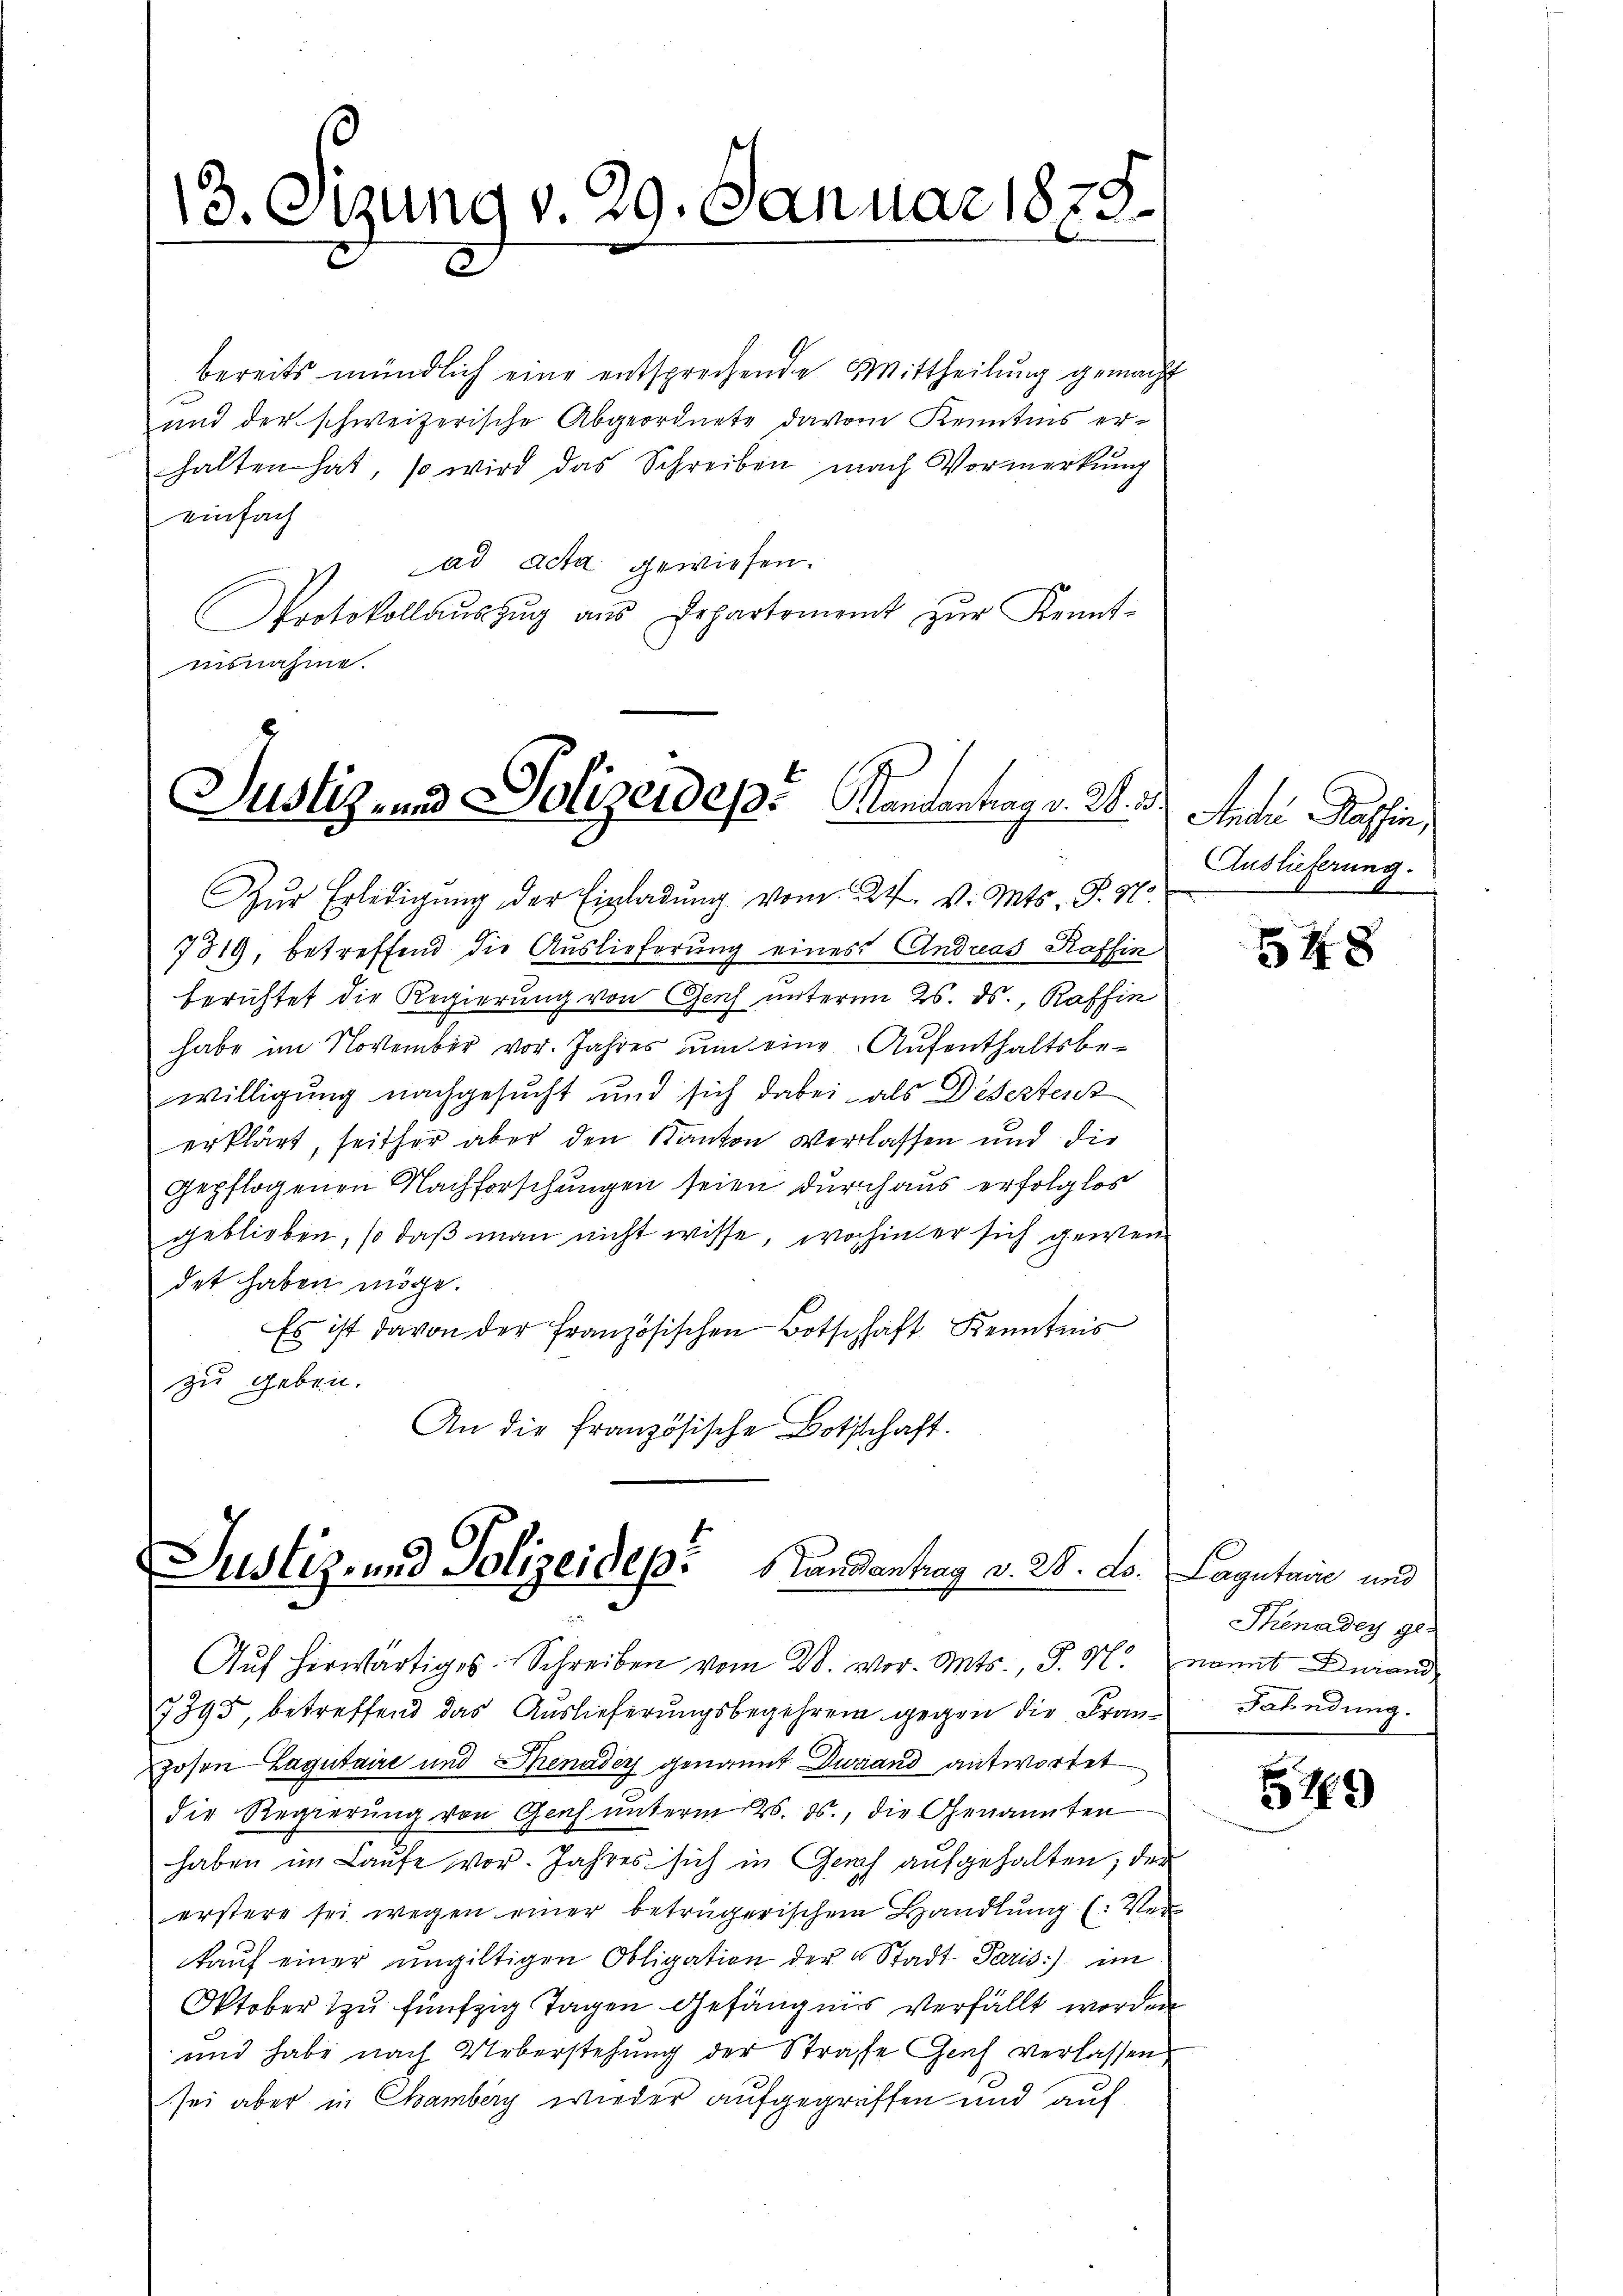
13. Sizung v. 29. Januar 1879.

bereits mündlich eine entsprechende Mittheilung gemacht
und der schweizerische Abgeordnete davon Kenntnis erhalten hat, so wird das Schreiben nach Vormerkung
einfach
ad acta gewiesen.
Protokollaŭszŭg aŭs Departement zŭr Kennt-
ausnahme.

Justiz- und Polizeidep“ Kantantrag v. 2. 3.

Zŭr Erledigung der Einladung vom 24. v. Mts. P. Nr.

7819, betreffend die Auslieferung eines Andreas Raffin
berichtet die Regierung von Genf unterm 25. ds., Raffin
habe im November vor. Jahres um eine Aufenthaltsbewilligung nachgesucht und sich dabei als Disestent
erklärt, seither aber den Kanton verlassen und die
gepflogenen Nachforschungen seien durchaus erfolglos
geblieben, so daß man nicht wisse, wo hinter sich gewendet haben möge.
Es ist davon der Französischen Botschaft Kenntnis
zu geben.
An die französische Bothschaft.

Justiz- und Polizeidep: Landantrag v. 28. d.
Aŭf herwärtiges. Schreiben vom 28. vor. Mts., S. M. nomit durand

7395, betreffend das Aŭslieferŭngsbegehren gegen die Franz Fahndung.
zosen Lagutaire und Senader genannt Dwrand antwortet
die Regierung von Genf unterm 28. ds., die Genannten
haben im Laŭfe vor. Jahres sich in Gerich aufgehalten; der
erstere sei wegen einer betrügerischen Handlung (: Ver
kaŭf einer ungültigen Obligation der Stadt Paris:) im
Oktober zu fünfzig Tagen Gefängnis verfällt worden
und habe nach Ueberstehung der Strafe Geich verlassen,
sei aber in Chamberg wieder aufgegriffen und auf

Ander Kassin,
Auslieferung.

548

Lagutaire und
Thenadey ge-

579